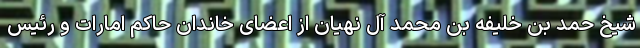
شیخ حمد بن خلیفه بن محمد آل نهیان از اعضای خاندان حاکم امارات و رئیس